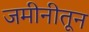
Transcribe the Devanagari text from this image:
जमीनीतून